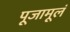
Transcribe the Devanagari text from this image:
पूजामूलं